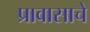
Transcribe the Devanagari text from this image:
प्रावासाचे